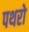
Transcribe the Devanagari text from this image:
पथरो